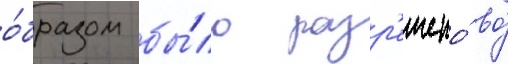
о́бразом бы́ло разр'ешено́ во́